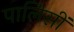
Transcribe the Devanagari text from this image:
पालिसीं